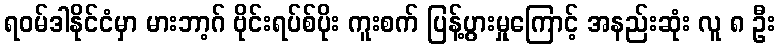
ရဝမ်ဒါနိုင်ငံမှာ မားဘာ့ဂ် ဗိုင်းရပ်စ်ပိုး ကူးစက် ပြန့်ပွားမှုကြောင့် အနည်းဆုံး လူ ၈ ဦး